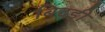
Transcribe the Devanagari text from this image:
बिदडी